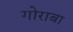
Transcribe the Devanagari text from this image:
गोराबा